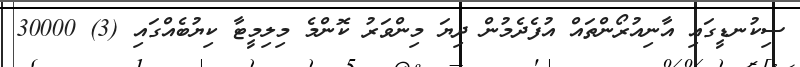
ސިކުނޑީގައި އާނިއުރޯންތައް އުފެދެމުން ދިޔަ މިންވަރު ކޮންމެ މިލިމީޓާ ކިޔުބެއްގައި (3) 30000